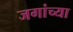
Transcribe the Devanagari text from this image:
जगांच्या